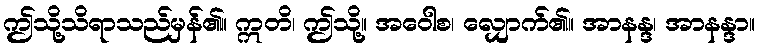
ဤသို့သိရာသည်မှန်၏။ ဣတိ၊ ဤသို့။ အဝေါစ၊ လျှောက်၏။ အာနန္ဒ၊ အာနန္ဒာ။